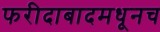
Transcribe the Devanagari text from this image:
फरीदाबादमधूनच